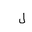
Letter: _lam